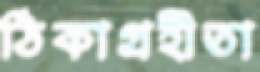
ঠিকাগ্রহীতা